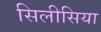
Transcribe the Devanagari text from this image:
सिलीसिया